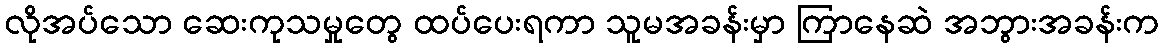
လိုအပ်သော ဆေးကုသမှုတွေ ထပ်ပေးရကာ သူမအခန်းမှာ ကြာနေဆဲ အဘွားအခန်းက